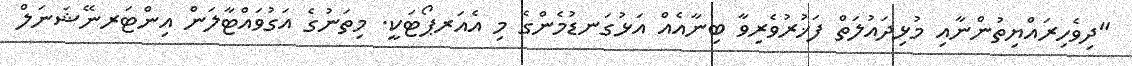
"ދިވެހިރައްޔިތުންނާއި މުޅިދައުލަތް ފަޚުރުވެރިވާ ބިނާއެއް އަޅުގަނޑުމެންގެ މި އެއަރޕޯޓަކީ. މިތަނުގެ އަގުވައްޓާލަން އިންޓަރނޭޝަނަލް